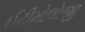
ઈટીમોલોજી